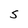
Character: s